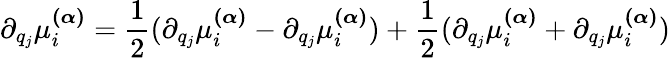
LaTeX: \partial_{q_{j}}\mu_{i}^{\boldsymbol{(\alpha)}}=\frac{1}{2}(\partial_{q_{j}}\mu_{i}^{\boldsymbol{(\alpha)}}-\partial_{q_{j}}\mu_{i}^{\boldsymbol{(\alpha)}})+\frac{1}{2}(\partial_{q_{j}}\mu_{i}^{\boldsymbol{(\alpha)}}+\partial_{q_{j}}\mu_{i}^{\boldsymbol{(\alpha)}})